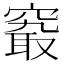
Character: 𥧖